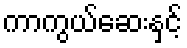
ကာကွယ်ဆေးနှင့်